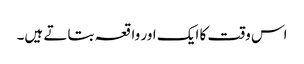
اس وقت کا ایک اور واقعہ بتاتے ہیں۔